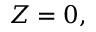
Z = 0 ,